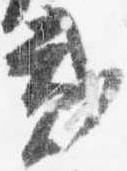
弐